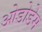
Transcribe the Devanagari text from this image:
ओडोडेम